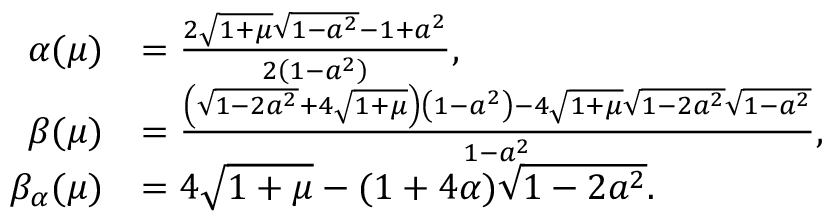
\begin{array} { r l } { \alpha ( \mu ) } & { = \frac { 2 \sqrt { 1 + \mu } \sqrt { 1 - a ^ { 2 } } - 1 + a ^ { 2 } } { 2 \left( 1 - a ^ { 2 } \right) } , } \\ { \beta ( \mu ) } & { = \frac { \left( \sqrt { 1 - 2 a ^ { 2 } } + 4 \sqrt { 1 + \mu } \right) \left( 1 - a ^ { 2 } \right) - 4 \sqrt { 1 + \mu } \sqrt { 1 - 2 a ^ { 2 } } \sqrt { 1 - a ^ { 2 } } } { 1 - a ^ { 2 } } , } \\ { \beta _ { \alpha } ( \mu ) } & { = 4 \sqrt { 1 + \mu } - ( 1 + 4 \alpha ) \sqrt { 1 - 2 a ^ { 2 } } . } \end{array}